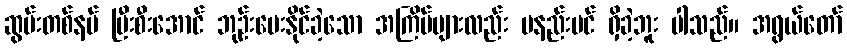
ဆွမ်းတစ်နပ် ပြီးစီးအောင် ဘုဉ်းပေးနိုင်ခဲ့သော အကြိမ်များလည်း မနည်းပင် ရှိခဲ့ဘူး ပါသည်။ အရွယ်တော်